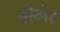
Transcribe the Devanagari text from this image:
बीमेर